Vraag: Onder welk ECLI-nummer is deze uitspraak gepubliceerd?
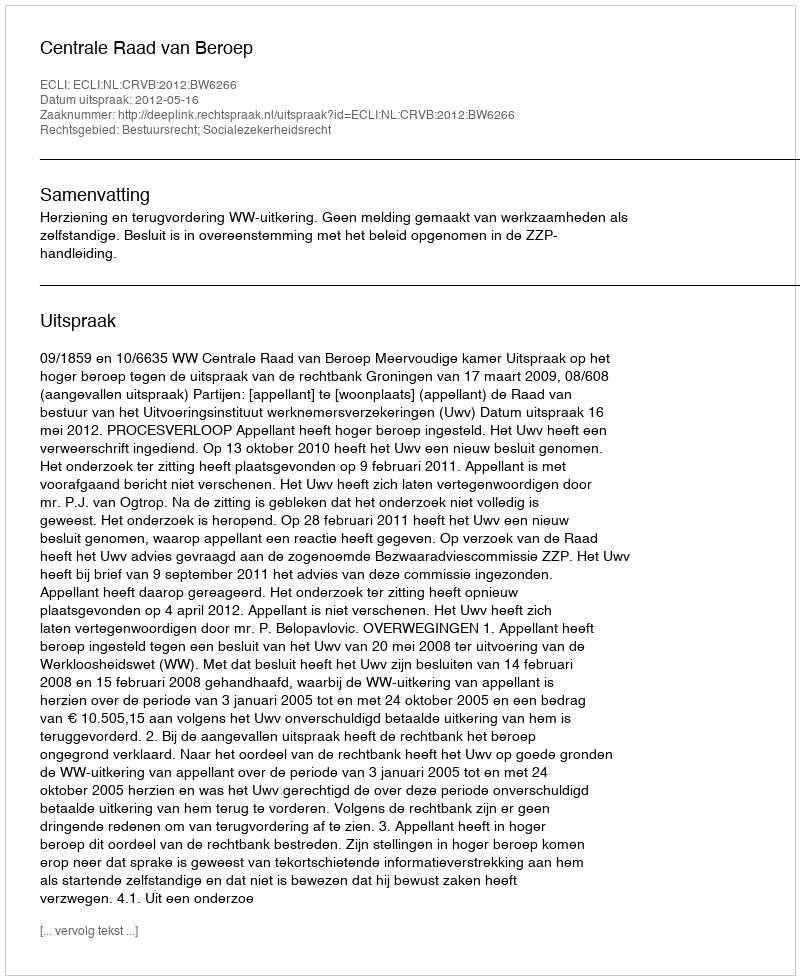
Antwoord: ECLI:NL:CRVB:2012:BW6266